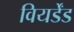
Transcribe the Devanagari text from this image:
वियर्डेंड